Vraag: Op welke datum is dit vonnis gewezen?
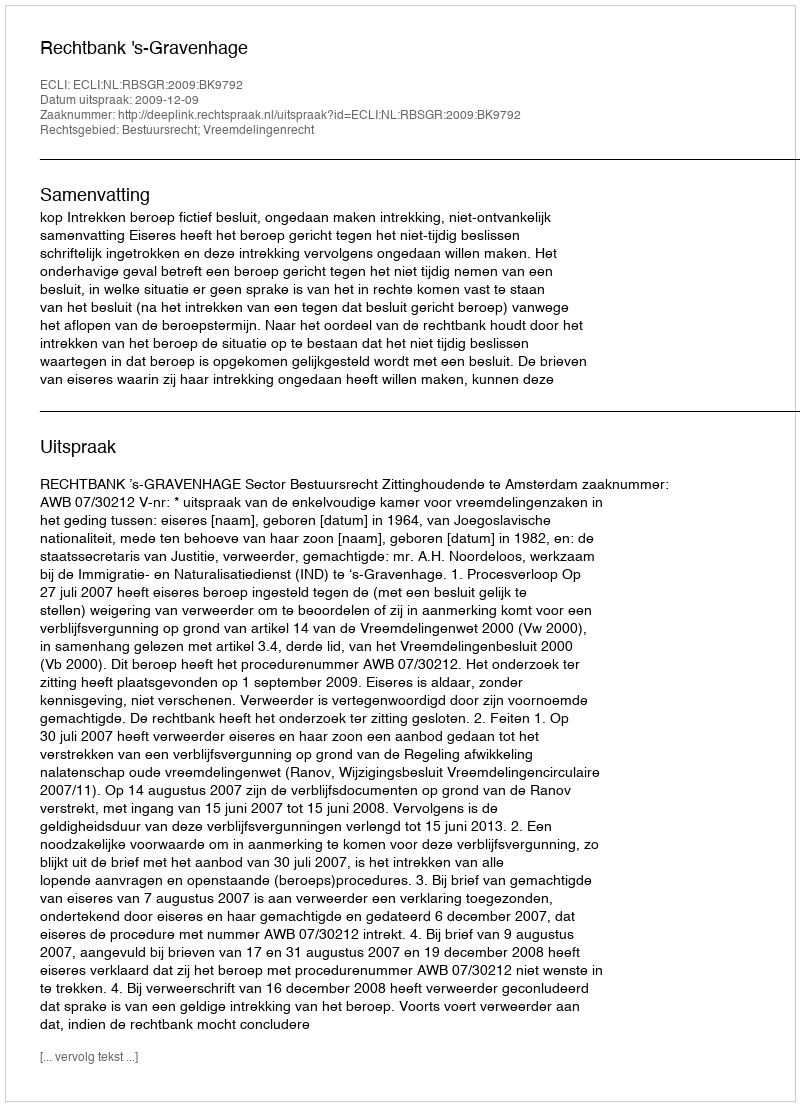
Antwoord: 2009-12-09